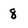
Character: 8